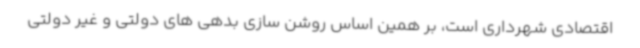
اقتصادی شهرداری است، بر همین اساس روشن سازی بدهی های دولتی و غیر دولتی